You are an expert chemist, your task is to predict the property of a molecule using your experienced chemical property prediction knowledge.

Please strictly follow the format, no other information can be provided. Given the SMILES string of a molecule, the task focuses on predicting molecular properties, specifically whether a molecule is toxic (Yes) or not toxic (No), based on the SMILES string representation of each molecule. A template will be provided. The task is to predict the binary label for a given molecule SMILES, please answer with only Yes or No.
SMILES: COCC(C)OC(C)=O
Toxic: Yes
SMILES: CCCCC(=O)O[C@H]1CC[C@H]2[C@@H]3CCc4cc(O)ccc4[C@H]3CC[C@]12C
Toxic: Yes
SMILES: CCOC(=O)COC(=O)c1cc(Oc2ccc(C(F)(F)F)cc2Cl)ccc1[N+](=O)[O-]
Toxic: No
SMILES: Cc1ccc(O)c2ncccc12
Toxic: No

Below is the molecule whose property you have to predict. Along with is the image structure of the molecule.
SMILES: CCOC(=O)C(Cl)Cc1cc(-n2nc(C)n(C(F)F)c2=O)c(F)cc1Cl
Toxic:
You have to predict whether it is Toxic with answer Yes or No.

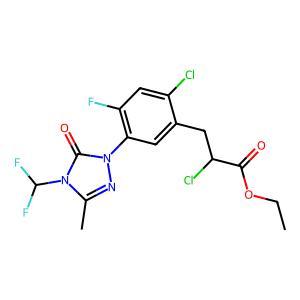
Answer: No